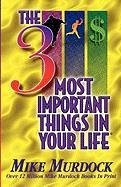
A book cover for The 3 Most Important Things In Your Life; Mike Murdock; Christian Books & Bibles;